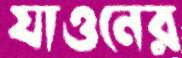
যাওনের